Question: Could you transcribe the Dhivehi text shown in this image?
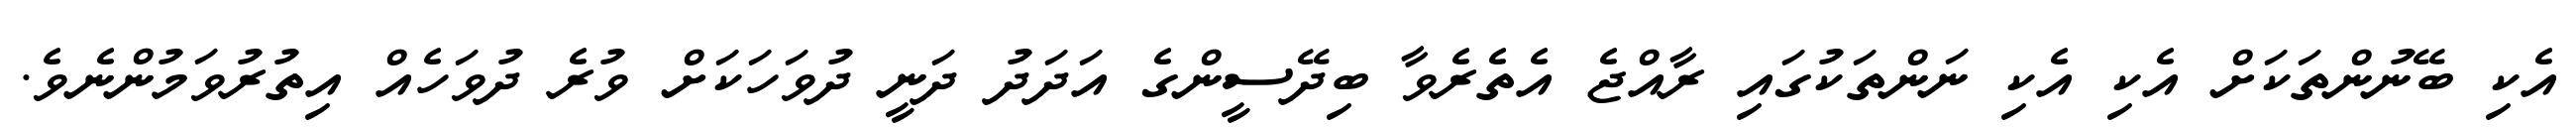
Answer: އެކި ބޭނުންތަކަށް އެކި އެކި ނަންތަކުގައި ރާއްޖެ އެތެރެވާ ބިދޭސީންގެ އަދަދު ދަނީ ދުވަހަކަށް ވުރެ ދުވަހެއް އިތުރުވަމުންނެވެ.